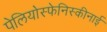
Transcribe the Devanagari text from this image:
पेलियोस्फेनिस्कीनाई